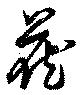
蔵